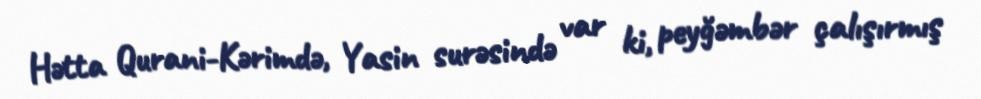
Hətta Qurani-Kərimdə, Yasin surəsində var ki, peyğəmbər çalışırmış